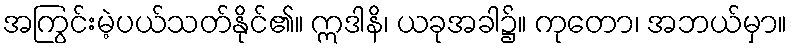
အကြွင်းမဲ့ပယ်သတ်နိုင်၏။ ဣဒါနိ၊ ယခုအခါ၌။ ကုတော၊ အဘယ်မှာ။